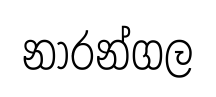
නාරන්ගල